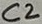
Text: C2